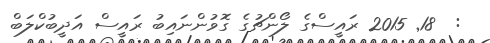
:  18